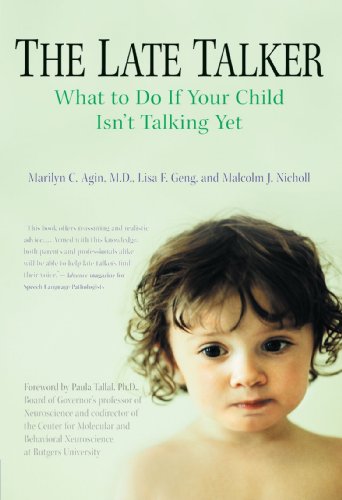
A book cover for The Late Talker: What to Do If Your Child Isn't Talking Yet; Marilyn C. Agin; Reference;